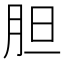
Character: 胆